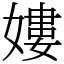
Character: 㜢